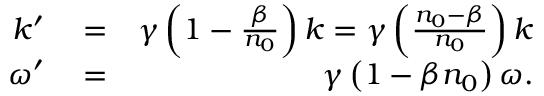
\begin{array} { r l r } { k ^ { \prime } } & { { } = } & { \gamma \left( 1 - \frac { \beta } { n _ { 0 } } \right) k = \gamma \left( \frac { n _ { 0 } - \beta } { n _ { 0 } } \right) k } \\ { \omega ^ { \prime } } & { { } = } & { \gamma \left( 1 - \beta n _ { 0 } \right) \omega . } \end{array}